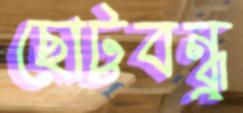
ছোট্টবন্ধু